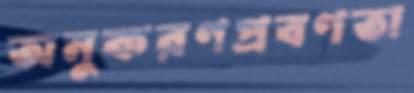
অনুকরণপ্রবণতা